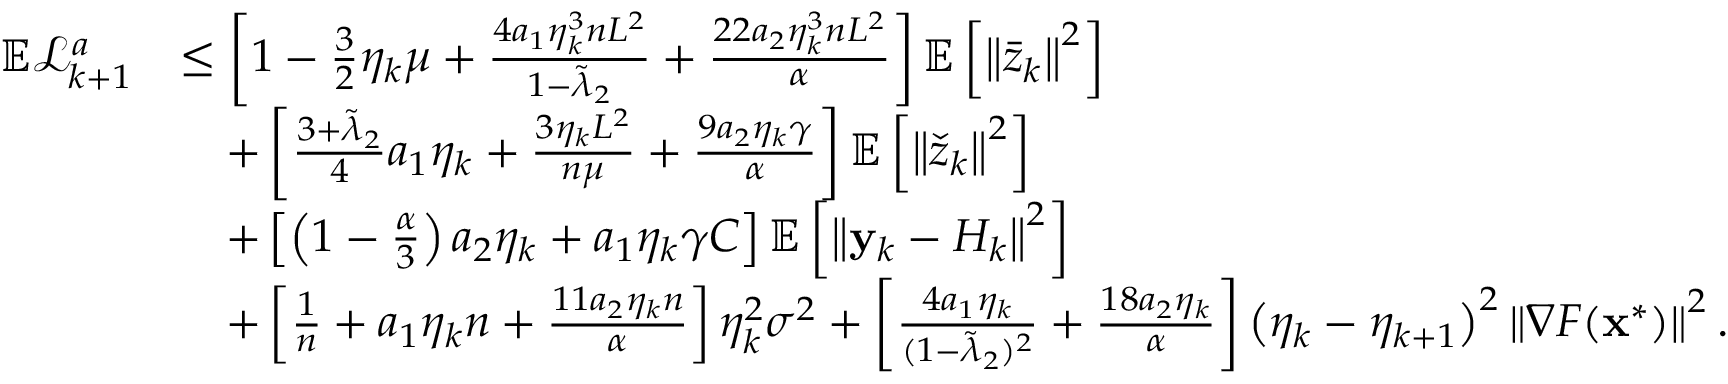
\begin{array} { r l } { \mathbb { E } \mathcal { L } _ { k + 1 } ^ { a } } & { \leq \left[ 1 - \frac { 3 } { 2 } \eta _ { k } \mu + \frac { 4 a _ { 1 } \eta _ { k } ^ { 3 } n L ^ { 2 } } { 1 - \tilde { \lambda } _ { 2 } } + \frac { 2 2 a _ { 2 } \eta _ { k } ^ { 3 } n L ^ { 2 } } { \alpha } \right] \mathbb { E } \left[ \left\Vert \bar { z } _ { k } \right\Vert ^ { 2 } \right] } \\ & { \quad + \left[ \frac { 3 + \tilde { \lambda } _ { 2 } } { 4 } a _ { 1 } \eta _ { k } + \frac { 3 \eta _ { k } L ^ { 2 } } { n \mu } + \frac { 9 a _ { 2 } \eta _ { k } \gamma } { \alpha } \right] \mathbb { E } \left[ \left\Vert \check { z } _ { k } \right\Vert ^ { 2 } \right] } \\ & { \quad + \left[ \left( 1 - \frac { \alpha } { 3 } \right) a _ { 2 } \eta _ { k } + a _ { 1 } \eta _ { k } \gamma C \right] \mathbb { E } \left[ \left\Vert \mathbf { y } _ { k } - H _ { k } \right\Vert ^ { 2 } \right] } \\ & { \quad + \left[ \frac { 1 } { n } + a _ { 1 } \eta _ { k } n + \frac { 1 1 a _ { 2 } \eta _ { k } n } { \alpha } \right] \eta _ { k } ^ { 2 } \sigma ^ { 2 } + \left[ \frac { 4 a _ { 1 } \eta _ { k } } { ( 1 - \tilde { \lambda } _ { 2 } ) ^ { 2 } } + \frac { 1 8 a _ { 2 } \eta _ { k } } { \alpha } \right] \left( \eta _ { k } - \eta _ { k + 1 } \right) ^ { 2 } \left\Vert \nabla F ( \mathbf { x } ^ { * } ) \right\Vert ^ { 2 } . } \end{array}